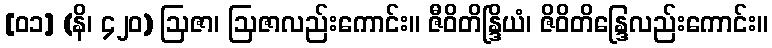
[၀၁] (နိ၊ ၄၂၀) ဩဇာ၊ ဩဇာလည်းကောင်း။ ဇီဝိတိန္ဒြိယံ၊ ဇိဝိတိန္ဒြေလည်းကောင်း။